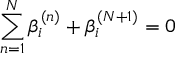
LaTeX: \sum _ { n = 1 } ^ { N } \beta _ { i } ^ { ( n ) } + \beta _ { i } ^ { ( N + 1 ) } = 0